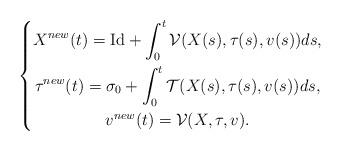
LaTeX: \begin{align*}\left \{\begin{gathered}X^{new} (t) = \mathrm{Id} + \int_0 ^t \mathcal{V} (X(s), \tau(s), v(s) ) ds, \\\tau ^{new} (t) = \sigma_0 + \int_0 ^t \mathcal{T} (X(s), \tau(s), v(s)) ds, \\v^{new} (t) = \mathcal{V} (X, \tau, v).\end{gathered} \right. \end{align*}